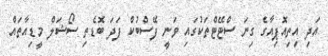
އަދި އިތިއޮޕިއާގެ ގިނަ ސްޓޭޓްތަކުގައި ވަނީ ފޭސްބުކް ފަދަ ބޮޑެތި ސޯޝަލް މީޑިއާތައް